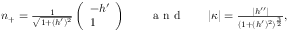
\begin{array} { r } { n _ { + } = \frac { 1 } { \sqrt { 1 + ( h ^ { \prime } ) ^ { 2 } } } \left( \begin{array} { l } { - h ^ { \prime } } \\ { 1 } \end{array} \right) \qquad \textnormal { a n d } \qquad | \kappa | = \frac { | h ^ { \prime \prime } | } { ( 1 + ( h ^ { \prime } ) ^ { 2 } ) ^ { \frac { 3 } { 2 } } } , } \end{array}